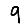
Digit: 9